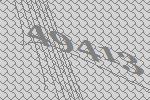
49413